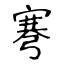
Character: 弿